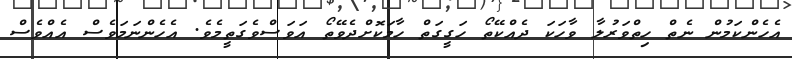
އެހެންކަމުން ނެތް ހިތްވަރުލާ ވާހަކަ ދެއްކޭތޯ ހަގީގަތް ހާމަކޮށްދެވޭތޯ އަވަސްވެގަތީމެވެ. އެހެންނަމަވެސް އެއްވެސް